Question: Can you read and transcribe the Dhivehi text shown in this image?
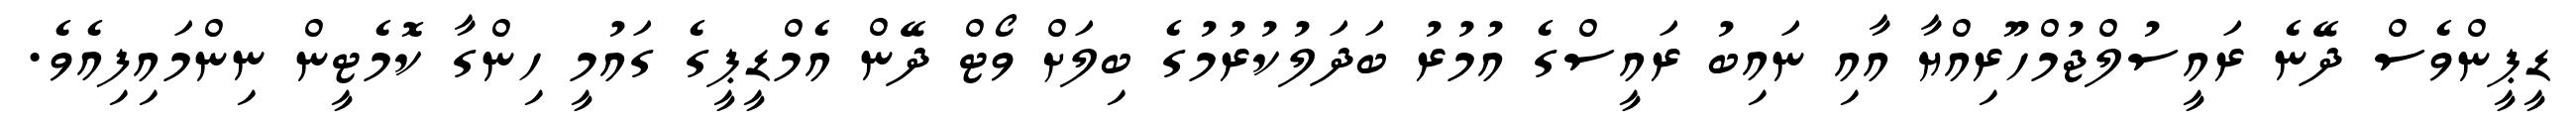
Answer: ޑީޕީންވެސް ދޭނެ ރައީސުލްޖުމްހޫރިއްޔާ އާއި ނައިބު ރައީސްގެ އުމުރު ބަދަލުކުރުމުގެ ބިލަށް ވޯޓް ދޭން އެމްޑީޕީގެ ގައުމީ ހިންގާ ކޮމެޓީން ނިންމައިފިއެވެ.